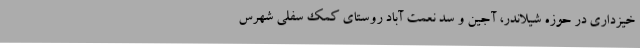
خیزداری در حوزه شیلاندر، آجین و سد نعمت آباد روستای کمک سفلی شهرس